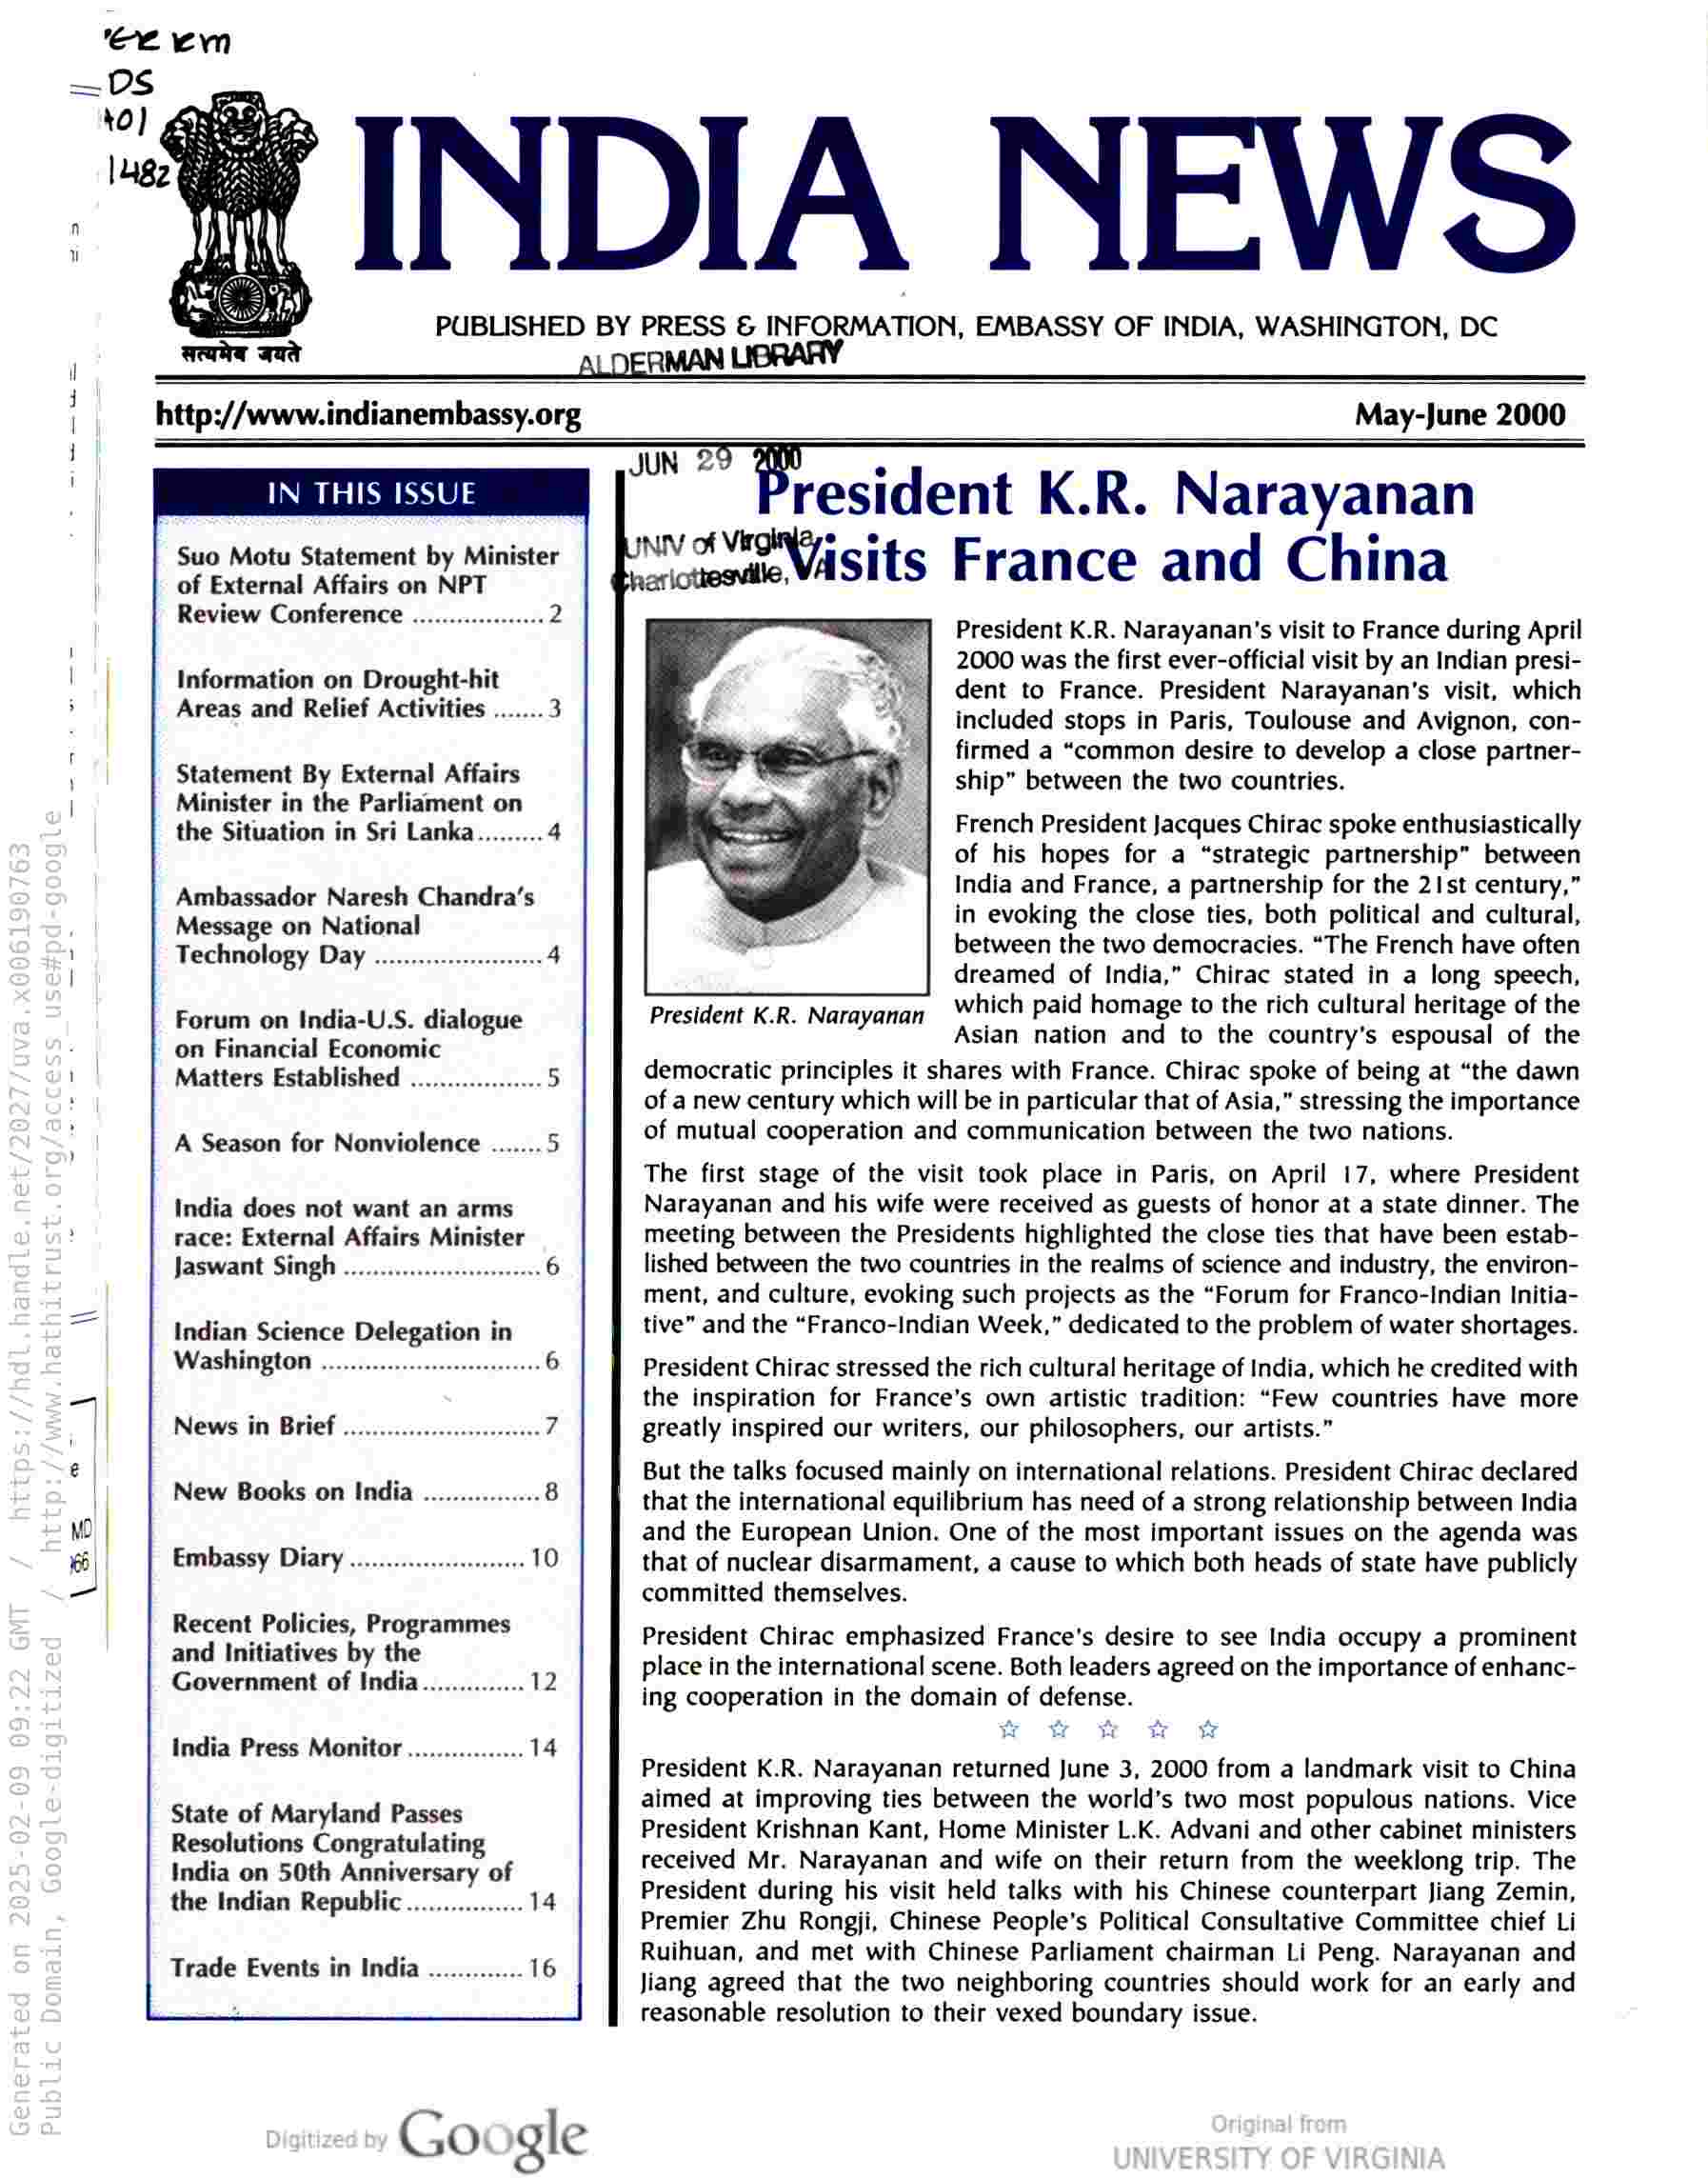
\\

INDIA NEWS

PUBLISHED BY PRESS & INFORMATION, EMBASSY OF INDIA, WASHINGTON, DC

RMAN

May-June 2000

IN THIS ISSUE

Suo Motu Statement by Minister

of External Affairs on NPT
Review Conference

Information on Drought-hit
Areas and Relief Activities

Statement By External Affairs
Minister in the Parliament on
the Situation in Sri Lanka

Ambassador Naresh Chandra’s
Message on National
Technology Day

Forum on India-U.S. dialogue
on Financial Economic
Matters Established

A Season for Nonviolence .......5

India does not want an arms
race: External Affairs Minister
Jaswant Singh

Indian Science Delegation in
Washington

News in Brief
New Books on India
Embassy Diary

Recent Policies, Programmes
and Initiatives by the
Government of India

India Press Monitor

State of Maryland Passes
Resolutions Congratulating
India on 50th Anniversary of
the Indian Republic

Trade Events in India

™” President K.R. Narayanan

vaweNsits France and China

President K.R. Narayanan’s visit to France during April
2000 was the first ever-official visit by an Indian presi-
dent to France. President Narayanan’s visit, which
included stops in Paris, Toulouse and Avignon, con-
firmed a “common desire to develop a close partner-
ship” between the two countries.

jar

French President Jacques Chirac spoke enthusiastically
of his hopes for a “strategic partnership” between
India and France, a partnership for the 21st century,”
in evoking the close ties, both political and cultural,
between the two democracies. “The French have often
dreamed of India,” Chirac stated in a long speech,
which paid homage to the rich cultural heritage of the
Asian nation and to the country’s espousal of the
democratic principles it shares with France. Chirac spoke of being at “the dawn
of a new century which will be in particular that of Asia,” stressing the importance
of mutual cooperation and communication between the two nations.

President K.R. Narayanan

The first stage of the visit took place in Paris, on April 17, where President
Narayanan and his wife were received as guests of honor at a state dinner. The
meeting between the Presidents highlighted the close ties that have been estab-
lished between the two countries in the realms of science and industry, the environ-
ment, and culture, evoking such projects as the “Forum for Franco-Indian Initia-
tive” and the “Franco-Indian Week,” dedicated to the problem of water shortages.

President Chirac stressed the rich cultural heritage of India, which he credited with
the inspiration for France’s own artistic tradition: “Few countries have more
greatly inspired our writers, our philosophers, our artists.”

But the talks focused mainly on international relations. President Chirac declared
that the international equilibrium has need of a strong relationship between India
and the European Union. One of the most important issues on the agenda was
that of nuclear disarmament, a cause to which both heads of state have publicly
committed themselves.

President Chirac emphasized France's desire to see India occupy a prominent
place in the international scene. Both leaders agreed on the importance of enhanc-
ing cooperation in the domain of defense.

President K.R. Narayanan returned June 3, 2000 from a landmark visit to China
aimed at improving ties between the world’s two most populous nations. Vice
President Krishnan Kant, Home Minister L.K. Advani and other cabinet ministers
received Mr. Narayanan and wife on their return from the weeklong trip. The
President during his visit held talks with his Chinese counterpart Jiang Zemin,
Premier Zhu Rongji, Chinese People’s Political Consultative Committee chief Li
Ruihuan, and met with Chinese Parliament chairman Li Peng. Narayanan and
Jiang agreed that the two neighboring countries should work for an early and
reasonable resolution to their vexed boundary issue.